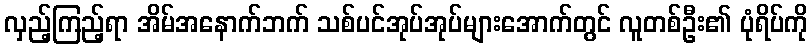
လှည့်ကြည့်ရာ အိမ်အနောက်ဘက် သစ်ပင်အုပ်အုပ်များအောက်တွင် လူတစ်ဦး၏ ပုံရိပ်ကို